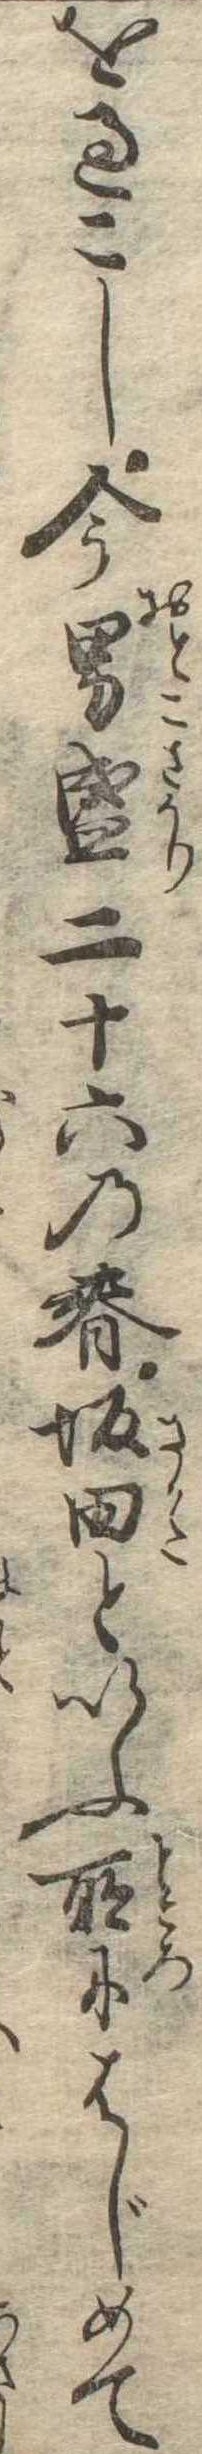
を過こし今男盛二十六の春坂田といふ所にはじめて